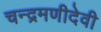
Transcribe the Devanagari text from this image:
चन्द्रमणीदेवी